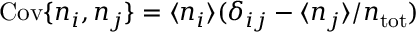
\mathrm { C o v } \{ n _ { i } , n _ { j } \} = \langle n _ { i } \rangle ( \delta _ { i j } - \langle n _ { j } \rangle / n _ { \mathrm { t o t } } )